Scottish Leaving Certificate Examination, 1960
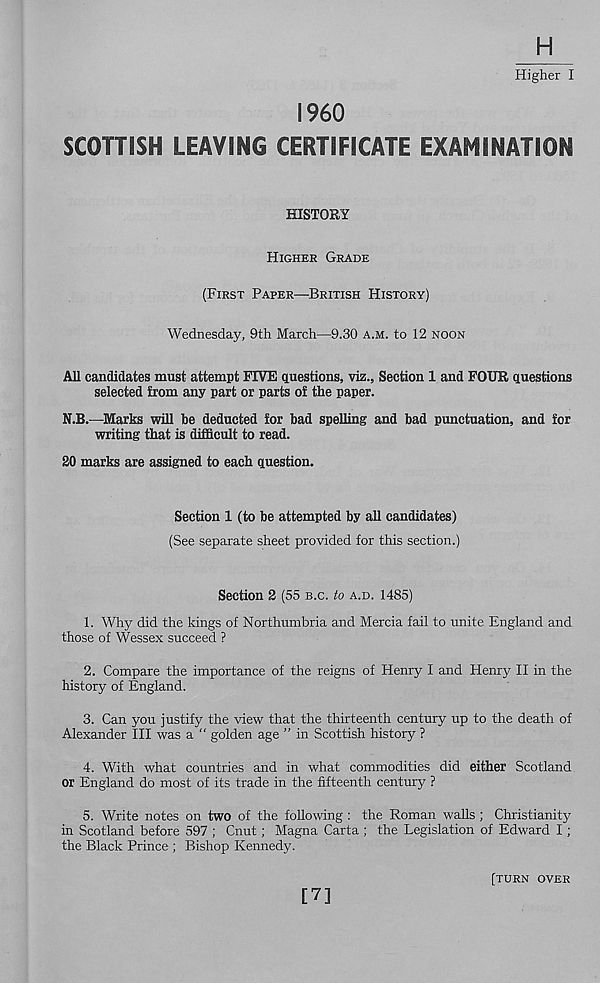
H
Higher I
I960
SCOTTISH LEAVING CERTIFICATE EXAMINATION
HISTORY
HIGHER GRADE
(FIRST PAPER—BRITISH HISTORY)
Wednesday, 9th March—9.30 A.M. to 12 NOON
All candidates must attempt FIVE questions, viz., Section 1 and FOUR questions
selected from any part or parts of the paper.
N.B.—Marks will be deducted for bad spelling and bad punctuation, and for
writing that is difficult to read.
20 marks are assigned to each question.
Section 1 (to be attempted by all candidates)
(See separate sheet provided for this section.)
Section 2 (55 B.C. to A.D. 1485)
1. Why did the kings of Northumbria and Mercia fail to unite England and
those of Wessex succeed ?
2. Compare the importance of the reigns of Henry I and Henry II in the
history of England.
3. Can you justify the view that the thirteenth century up to the death of
Alexander III was a “ golden age ” in Scottish history ?
4. With what countries and in what commodities did either Scotland
or England do most of its trade in the fifteenth century ?
5. Write notes on two of the following : the Roman walls ; Christianity
in Scotland before 597 ; Cnut; Magna Carta; the Legislation of Edward I;
the Black Prince ; Bishop Kennedy.
[7]
[TURN OVER